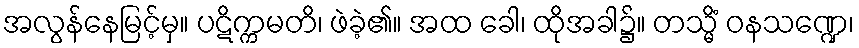
အလွန်နေမြင့်မှ။ ပဋိက္ကမတိ၊ ဖဲခဲ့၏။ အထ ခေါ၊ ထိုအခါ၌။ တသ္မိံ ဝနသဏ္ဍေ၊